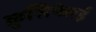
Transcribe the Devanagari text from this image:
क्रुसिफेरई